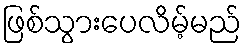
ဖြစ်သွားပေလိမ့်မည်